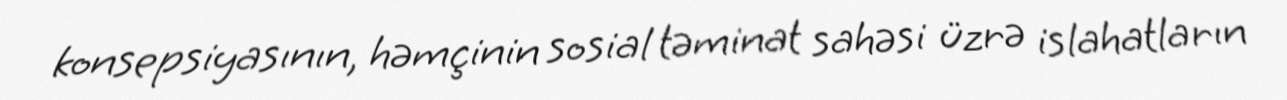
konsepsiyasının, həmçinin sosial təminat sahəsi üzrə islahatların